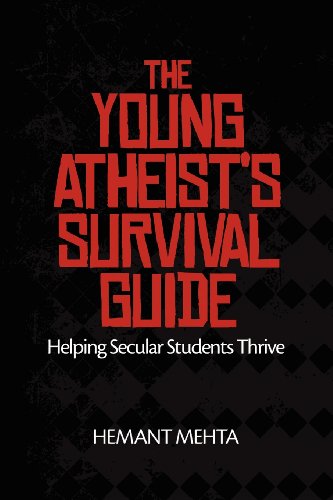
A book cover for The Young Atheist's Survival Guide: Helping Secular Students Thrive; Hemant Mehta; Religion & Spirituality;